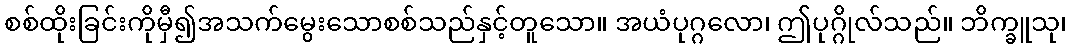
စစ်ထိုးခြင်းကိုမှီ၍အသက်မွေးသောစစ်သည်နှင့်တူသော။ အယံပုဂ္ဂလော၊ ဤပုဂ္ဂိုလ်သည်။ ဘိက္ခူသု၊